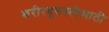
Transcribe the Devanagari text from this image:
शरीरदुरुस्तीसाठी